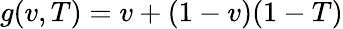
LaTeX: g(v,T)=v+(1-v)(1-T)